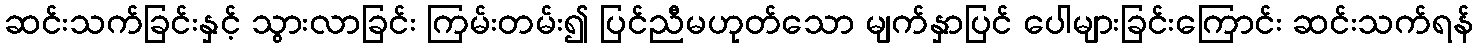
ဆင်းသက်ခြင်းနှင့် သွားလာခြင်း ကြမ်းတမ်း၍ ပြင်ညီမဟုတ်သော မျက်နှာပြင် ပေါများခြင်းကြောင်း ဆင်းသက်ရန်